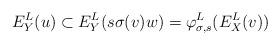
LaTeX: \begin{align*}E^L_Y(u) \subset E^L_Y(s\sigma(v)w) = \varphi^L_{\sigma, s}(E^L_X(v))\end{align*}